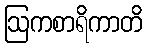
ဩကစာရိကာတိ